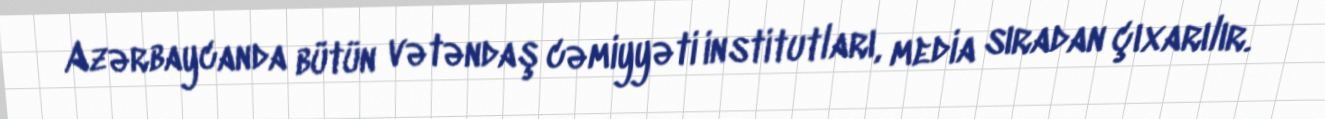
Azərbaycanda bütün vətəndaş cəmiyyəti institutları, media sıradan çıxarılır.